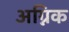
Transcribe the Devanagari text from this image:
अग्निक